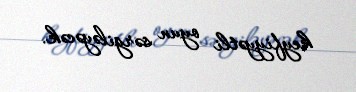
keyfiyyətli oyun sərgiləyəcək.